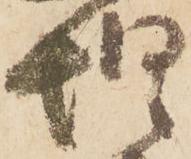
惶